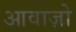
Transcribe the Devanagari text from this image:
आवाज़ो